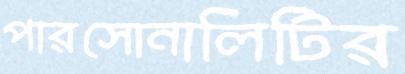
পারসোনালিটির